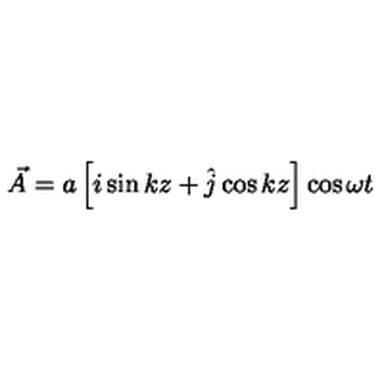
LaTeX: \vec { A } = a \left[ i \sin k z + \hat { j } \cos k z \right] \cos \omega t